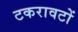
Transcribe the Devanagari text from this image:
टकरावटों